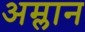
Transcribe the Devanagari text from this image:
अम्लान